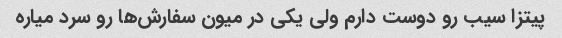
پیتزا سیب رو دوست دارم ولی یکی در میون سفارش‌ها رو سرد میاره